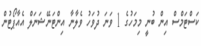
ކަސްޓަމްސް އިން ބުނީ މިމަހުގެ 1 ވަނަ ދުވަހު ވެލާނާ އިންޓަނޭޝަނަލް އެއާޕޯޓުން